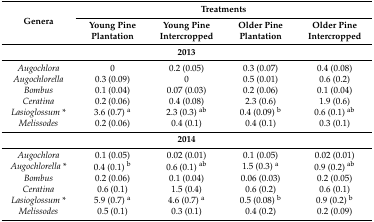
| <ROWSPAN=2> Genera | <COLSPAN=4> Treatments |
 | Young Pine Plantation | Young Pine Intercropped | Older Pine Plantation | Older Pine Intercropped |
 | --- | --- | --- | --- | --- |
 | <COLSPAN=5> 2013 |
 | Augochlora | 0 | 0.2 (0.05) | 0.3 (0.07) | 0.4 (0.08) |
 | Augochlorella | 0.3 (0.09) | 0 | 0.5 (0.01) | 0.6 (0.2) |
 | Bombus | 0.1 (0.04) | 0.07 (0.03) | 0.2 (0.06) | 0.1 (0.04) |
 | Ceratina | 0.2 (0.06) | 0.4 (0.08) | 2.3 (0.6) | 1.9 (0.6) |
 | Lasioglossum * | 3.6 (0.7) a | 2.3 (0.3) ab | 0.4 (0.09) b | 0.6 (0.1) ab |
 | Melissodes | 0.2 (0.06) | 0.4 (0.1) | 0.4 (0.1) | 0.3 (0.1) |
 | <COLSPAN=5> 2014 |
 | Augochlora | 0.1 (0.05) | 0.02 (0.01) | 0.1 (0.05) | 0.02 (0.01) |
 | Augochlorella * | 0.4 (0.1) b | 0.6 (0.1) ab | 1.5 (0.3) a | 0.9 (0.2) ab |
 | Bombus | 0.2 (0.06) | 0.1 (0.04) | 0.06 (0.03) | 0.2 (0.05) |
 | Ceratina | 0.6 (0.1) | 1.5 (0.4) | 0.6 (0.2) | 0.6 (0.1) |
 | Lasioglossum * | 5.9 (0.7) a | 4.6 (0.7) a | 0.5 (0.08) b | 0.9 (0.2) b |
 | Melissodes | 0.5 (0.1) | 0.3 (0.1) | 0.4 (0.2) | 0.2 (0.09) |